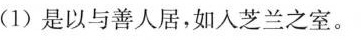
(1)是以与善人居，如入芝兰之室。